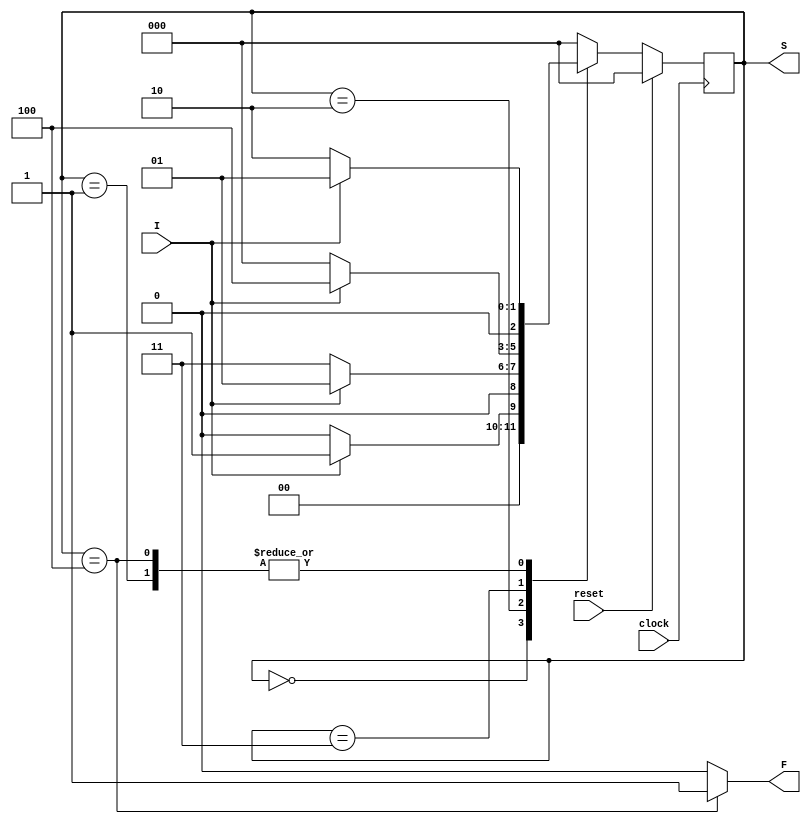
module Lab2(I,clock,reset,F,S);
  input clock, reset, I;
    output reg F;
    output reg [2:0] S;

    parameter
        S0=3'b000,
        S1=3'b001,
        S2=3'b010,
        S3=3'b011,
        S4=3'b100;


    reg [2:0] CS,NS;

    always @(posedge clock)
    begin
        if(reset==1)
            CS <= S0;// when reset=1, reset the CS of the FSM to "S0" CS
        else
            CS <= NS; // otherwise, next CS
    end

    always @(CS,I)
    begin
        case(CS)
        S0:begin
        NS = (I==1)? S1:S0;
        end

        S1:begin
        NS = (I==1)? S1:S2;
        end

        S2:begin
        NS = (I==1)? S1:S3;
        end

        S3:begin
        NS = (I==1)? S4:S0;
        end

        S4:begin
        NS = (I==1)? S1:S2;
        end

        default:NS = S0;
        endcase
    F = (CS==S4)? 1:0;
    S = CS;
    end


endmodule